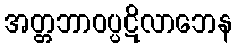
အတ္တဘာဝပ္ပဋိလာဘေန